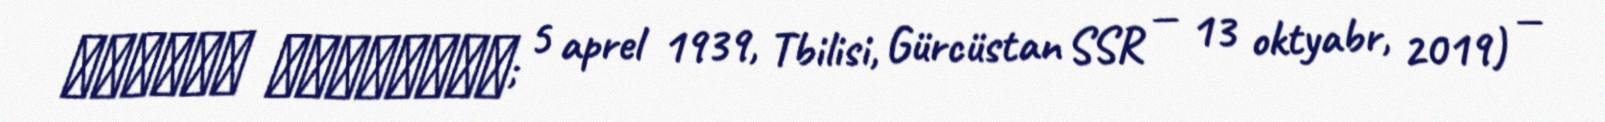
მიხეილ კობახიძე; 5 aprel 1939, Tbilisi, Gürcüstan SSR — 13 oktyabr, 2019) —